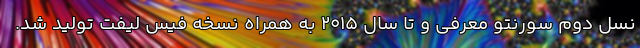
نسل دوم سورنتو معرفی و تا سال 2015 به همراه نسخه فیس لیفت تولید شد.